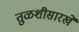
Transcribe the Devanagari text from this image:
तुळशीसारखे